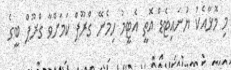
މި މޮޅާއެކު ޔުނައިޓެޑް އޮތީ އެޓީމު ހިމެނޭ ގްރޫޕް ކަމަށްވާ ގްރޫޕް ބީގެ